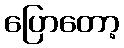
ပြောတော့